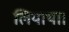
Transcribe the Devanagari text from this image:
लियाथा।